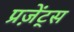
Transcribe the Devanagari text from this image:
प्रज़ेंट्स